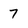
Character: 7